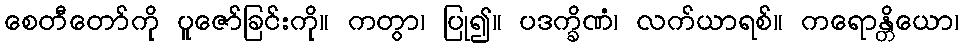
စေတီတော်ကို ပူဇော်ခြင်းကို။ ကတွာ၊ ပြု၍။ ပဒက္ခိဏံ၊ လက်ယာရစ်။ ကရောန္တိယော၊